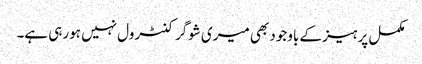
مکمل پرہیز کے باوجود بھی میری شوگر کنٹرول نہیں ہورہی ہے۔